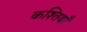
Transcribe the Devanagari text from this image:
कश्तियाँ